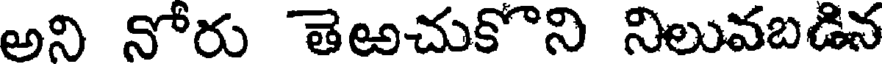
అని నోరు తెఱచుకొని నిలువబడిన